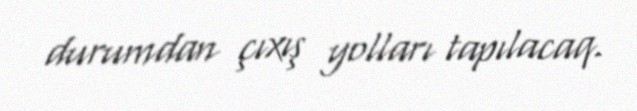
durumdan çıxış yolları tapılacaq.